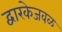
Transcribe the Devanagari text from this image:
द्वारकेजवळ